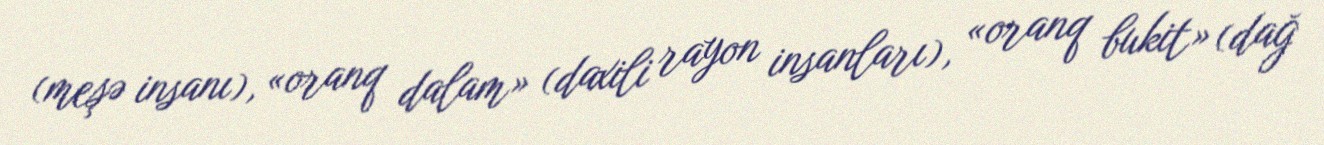
(meşə insanı), «oranq dalam» (daxili rayon insanları), «oranq bukit» (dağ